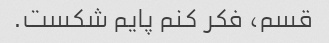
قسم، فکر کنم پایم شکست.